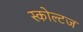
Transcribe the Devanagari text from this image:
स्कोल्टज